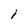
Character: I